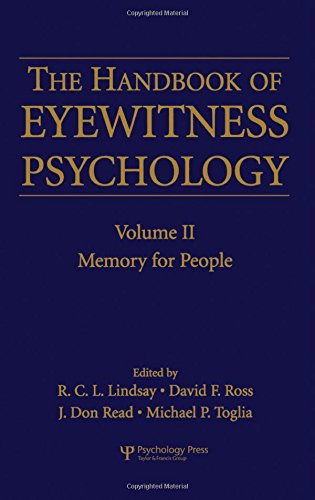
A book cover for The Handbook of Eyewitness Psychology: Volume II: Memory for People; Law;